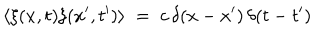
LaTeX: \langle \xi ( x , t ) \xi ( x ^ { \prime } , t ^ { \prime } ) \rangle \; = \; c \, \delta ( x - x ^ { \prime } ) \, \delta ( t - t ^ { \prime } )